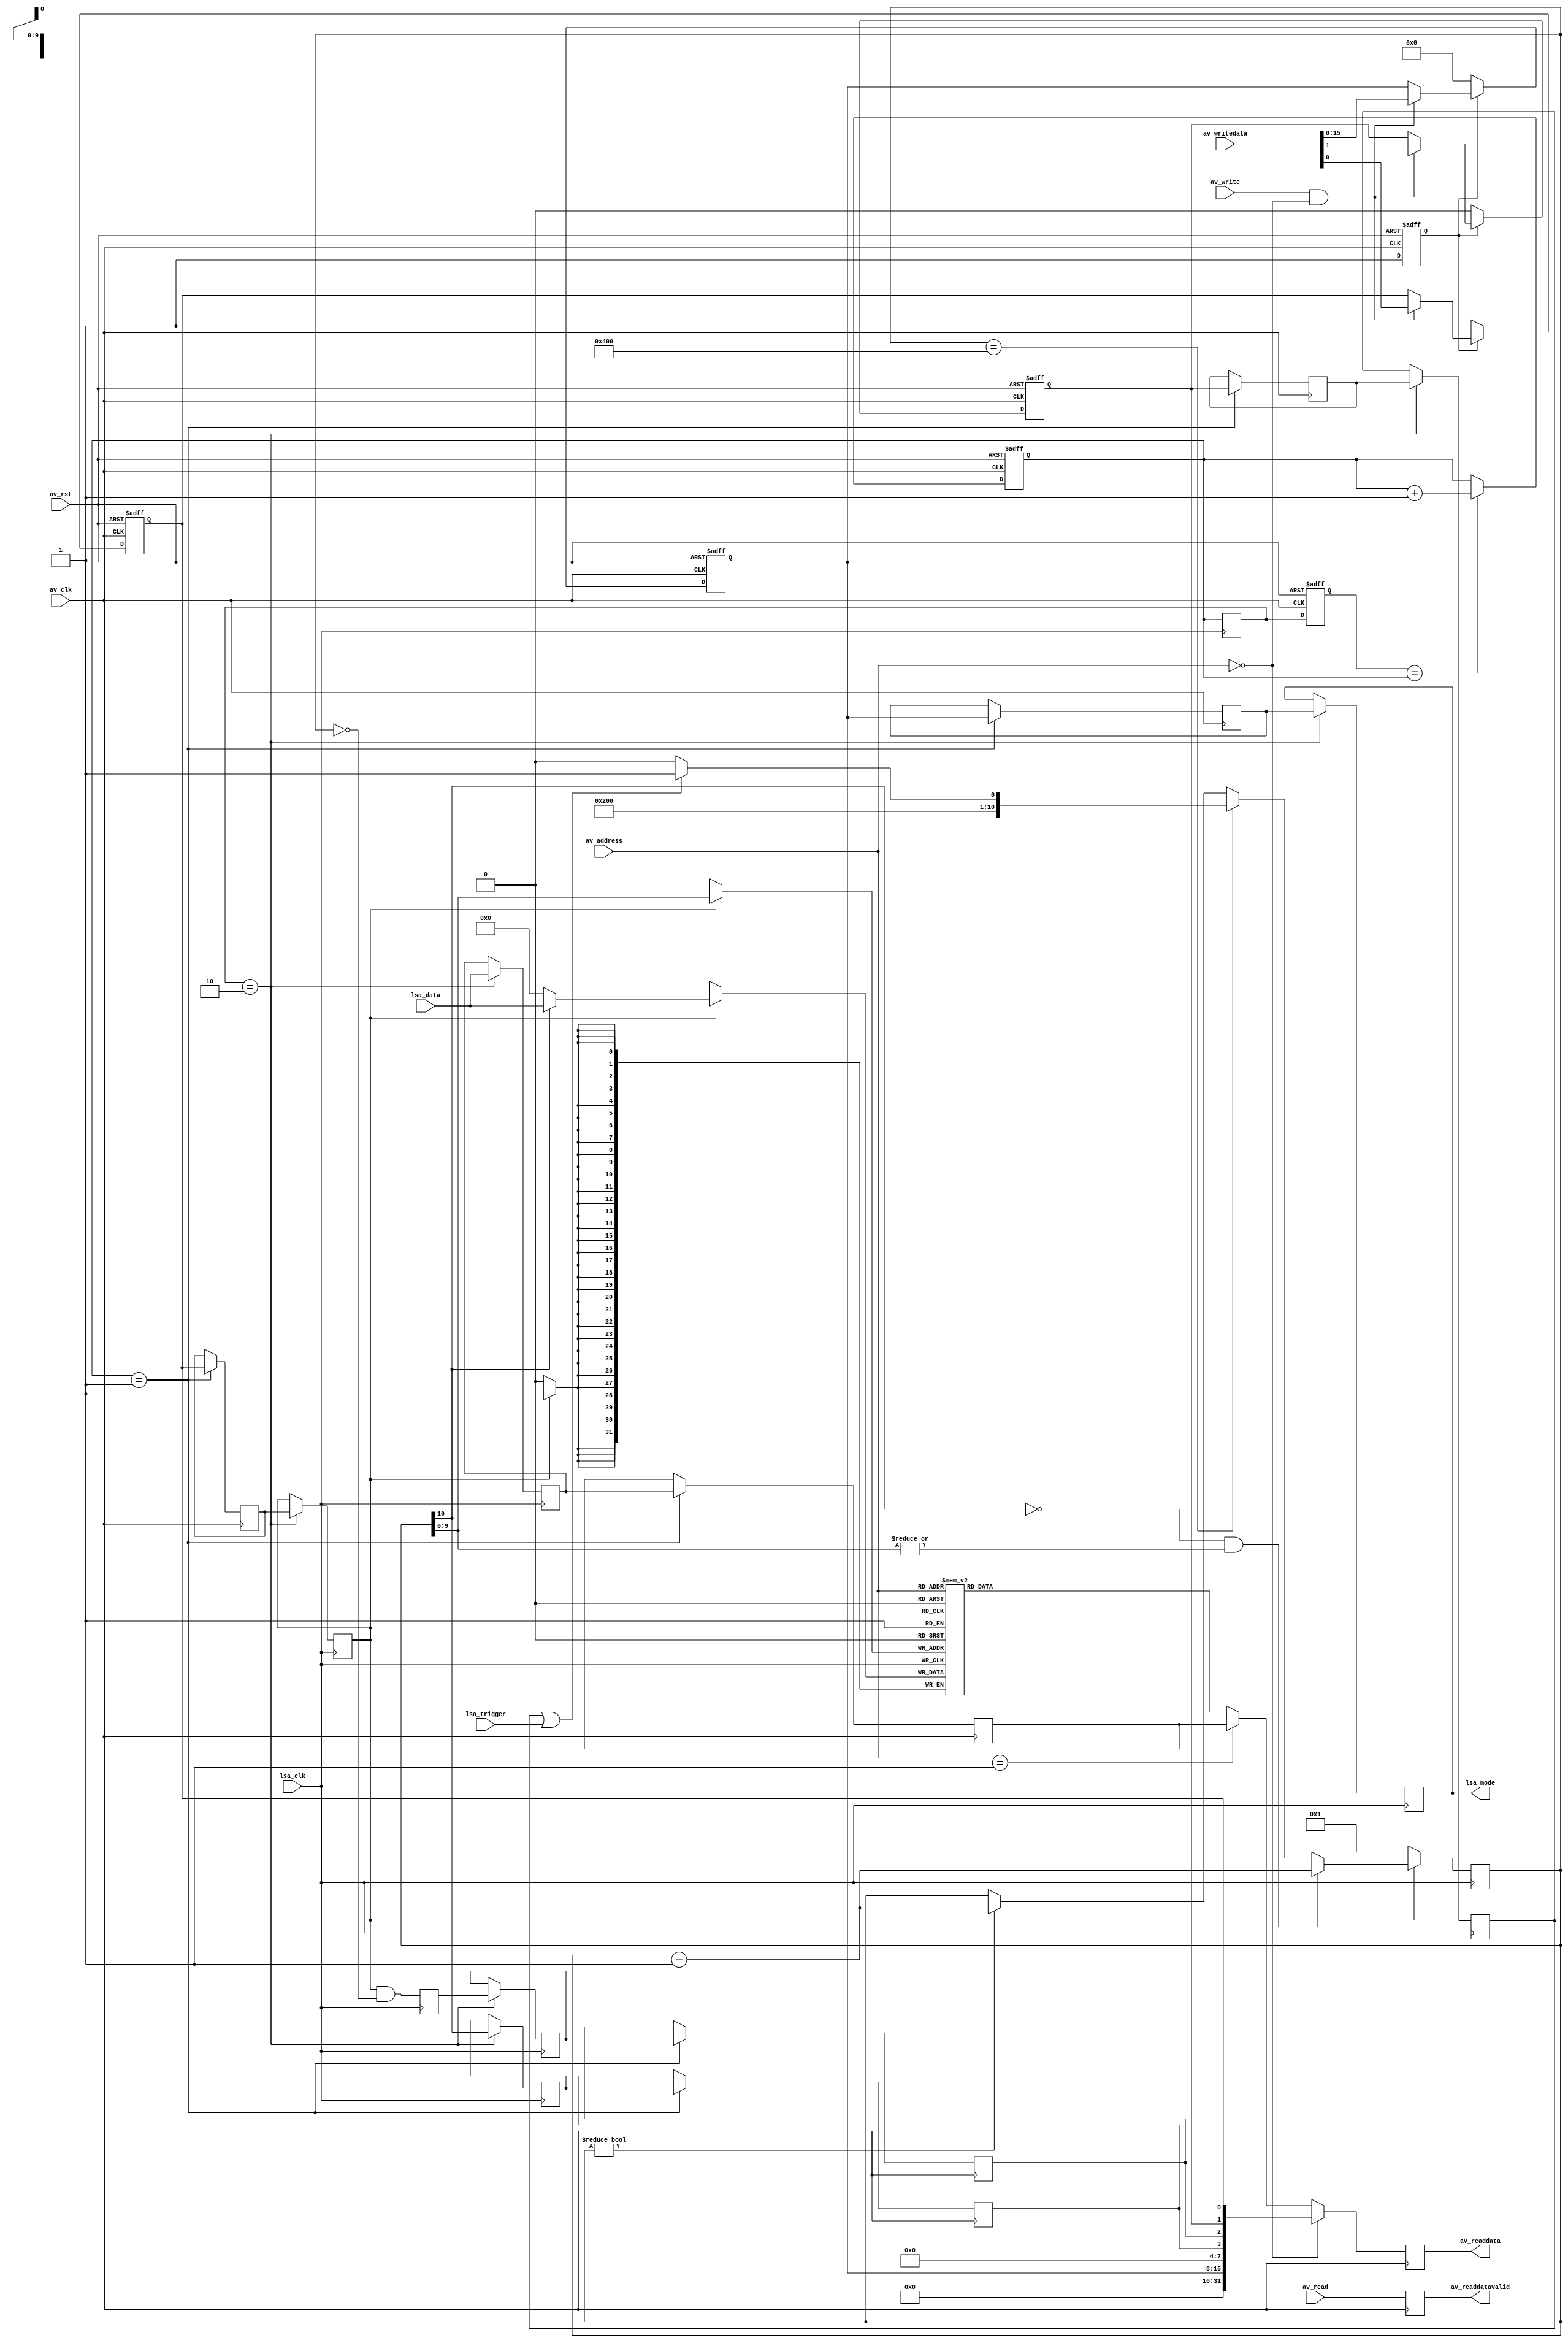
/* SPDX-License-Identifier: MIT */
/* (c) Copyright 2018 David M. Koltak, all rights reserved. */

/*
    Debug Logic State Analyzer

    Addr
    0x000   : Control/Status
    0x004   : Live Input Data
    0x008   :
    (...)   : [Sample data, one per 'lsa_clk' with all 32-bits of input data]
    0xFFF   :

    Control -
        [0]     Arm Trigger
        [1]     Force Trigger (Arm must also be set)
        [2]     Sample Done
        [3]     Sample Running
        [7-4]   RESERVED

        [15-8]  Mode (to debug target to select data/trigger settings)
        [31-16] RESERVED
*/

module debug_lsa
(
    input av_clk,
    input av_rst,

    input [9:0] av_address,
    input av_write,
    input av_read,
    input [31:0] av_writedata,
    output reg [31:0] av_readdata,
    output reg av_readdatavalid,

    output reg [7:0] lsa_mode,
    input lsa_clk,
    input lsa_trigger,
    input [31:0] lsa_data
);
    parameter INIT_ARMED = 1;
    parameter INIT_FORCED = 0;
    parameter INIT_MODE = 8'd0;

    //
    // Clock domain crossing
    //

    reg [1:0] sync_av;
    reg [1:0] sync_lsa;
    reg [1:0] sync_lsa_av;

    reg ctrl_arm;
    reg av_arm;
    reg lsa_arm;

    reg ctrl_force;
    reg av_force;
    reg lsa_force;

    reg [7:0] ctrl_mode;
    reg [7:0] av_mode;
    // lsa_mode in port list

    reg sample_done;
    reg av_done;
    reg lsa_done;

    wire sample_running;
    reg av_running;
    reg lsa_running;

    wire [31:0] sample_live = lsa_data;
    reg [31:0] av_live;
    reg [31:0] lsa_live;

    always @ (posedge av_clk or posedge av_rst)
        if (av_rst)
        begin
            sync_lsa_av <= 2'd0;
            sync_av <= 2'd0;
        end
        else
        begin
            sync_lsa_av <= sync_lsa;
            sync_av <= (sync_lsa_av == sync_av) ? sync_av + 2'd1 : sync_av;
        end

    always @ (posedge lsa_clk)
        sync_lsa <= sync_av;

    always @ (posedge av_clk)
        if (sync_av == 2'b01)
            {av_live, av_running, av_done, av_mode, av_force, av_arm} <=
                            {lsa_live, lsa_running, lsa_done, ctrl_mode, ctrl_force, ctrl_arm};

    always @ (posedge lsa_clk)
        if (sync_lsa == 2'b10)
            {lsa_live, lsa_running, lsa_done, lsa_mode, lsa_force, lsa_arm} <=
                            {sample_live, sample_running, sample_done, av_mode, av_force, av_arm};

    //
    // Sample state machine
    //

    reg [10:0] sample_waddr;
    assign sample_running = sample_waddr[10];
    reg [31:0] sample_data[1023:0];

    always @ (posedge lsa_clk)
        sample_done <= lsa_arm && (sample_waddr == 11'h000);

    always @ (posedge lsa_clk)
        if (!lsa_arm)
            sample_waddr <= 11'h001;
        else if (!sample_waddr[10] && |sample_waddr[9:0])
            sample_waddr <= sample_waddr + 11'd1;
        else if (sample_waddr == 11'h400)
            sample_waddr <= (lsa_force || lsa_trigger) ? 11'h401 : 11'h400;
        else if (sample_waddr != 11'h000)
            sample_waddr <= sample_waddr + 10'd1;

    always @ (posedge lsa_clk)
        if (lsa_arm)
            sample_data[sample_waddr[9:0]] <= (sample_waddr[10]) ? lsa_data : 32'd0;

    //
    // Control register
    //

    reg init_cycle;

    always @ (posedge av_clk or posedge av_rst)
        if (av_rst)
        begin
            ctrl_arm <= 1'b0;
            ctrl_force <= 1'b0;
            ctrl_mode <= 8'd0;
            init_cycle <= 1'b0;
        end
        else if (!init_cycle)
        begin
            ctrl_arm <= (INIT_ARMED != 0);
            ctrl_force <= (INIT_FORCED != 0);
            ctrl_mode <= INIT_MODE;
            init_cycle <= 1'b1;
        end
        else if (av_write && (av_address == 10'd0))
        begin
            ctrl_arm <= av_writedata[0];
            ctrl_force <= av_writedata[1];
            ctrl_mode <= av_writedata[15:8];
        end

    always @ (posedge av_clk)
        av_readdatavalid <= av_read;

    always @ (posedge av_clk)
        if (av_address == 10'd0)
            av_readdata <= {16'd0, ctrl_mode, 4'd0, av_running, av_done, ctrl_force, ctrl_arm};
        else if (av_address == 10'd1)
            av_readdata <= av_live;
        else
            av_readdata <= sample_data[av_address];

endmodule